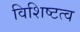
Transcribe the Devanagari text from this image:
विशिष्टत्व